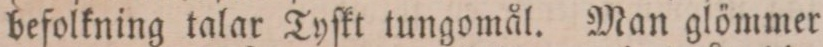
befolkning talar Tyſkt tungomål. Man glömmer